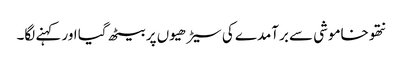
نتھو خاموشی سے برآمدے کی سیڑھیوں پر بیٹھ گیا اور کہنے لگا۔